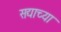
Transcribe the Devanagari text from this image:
सद्याच्या